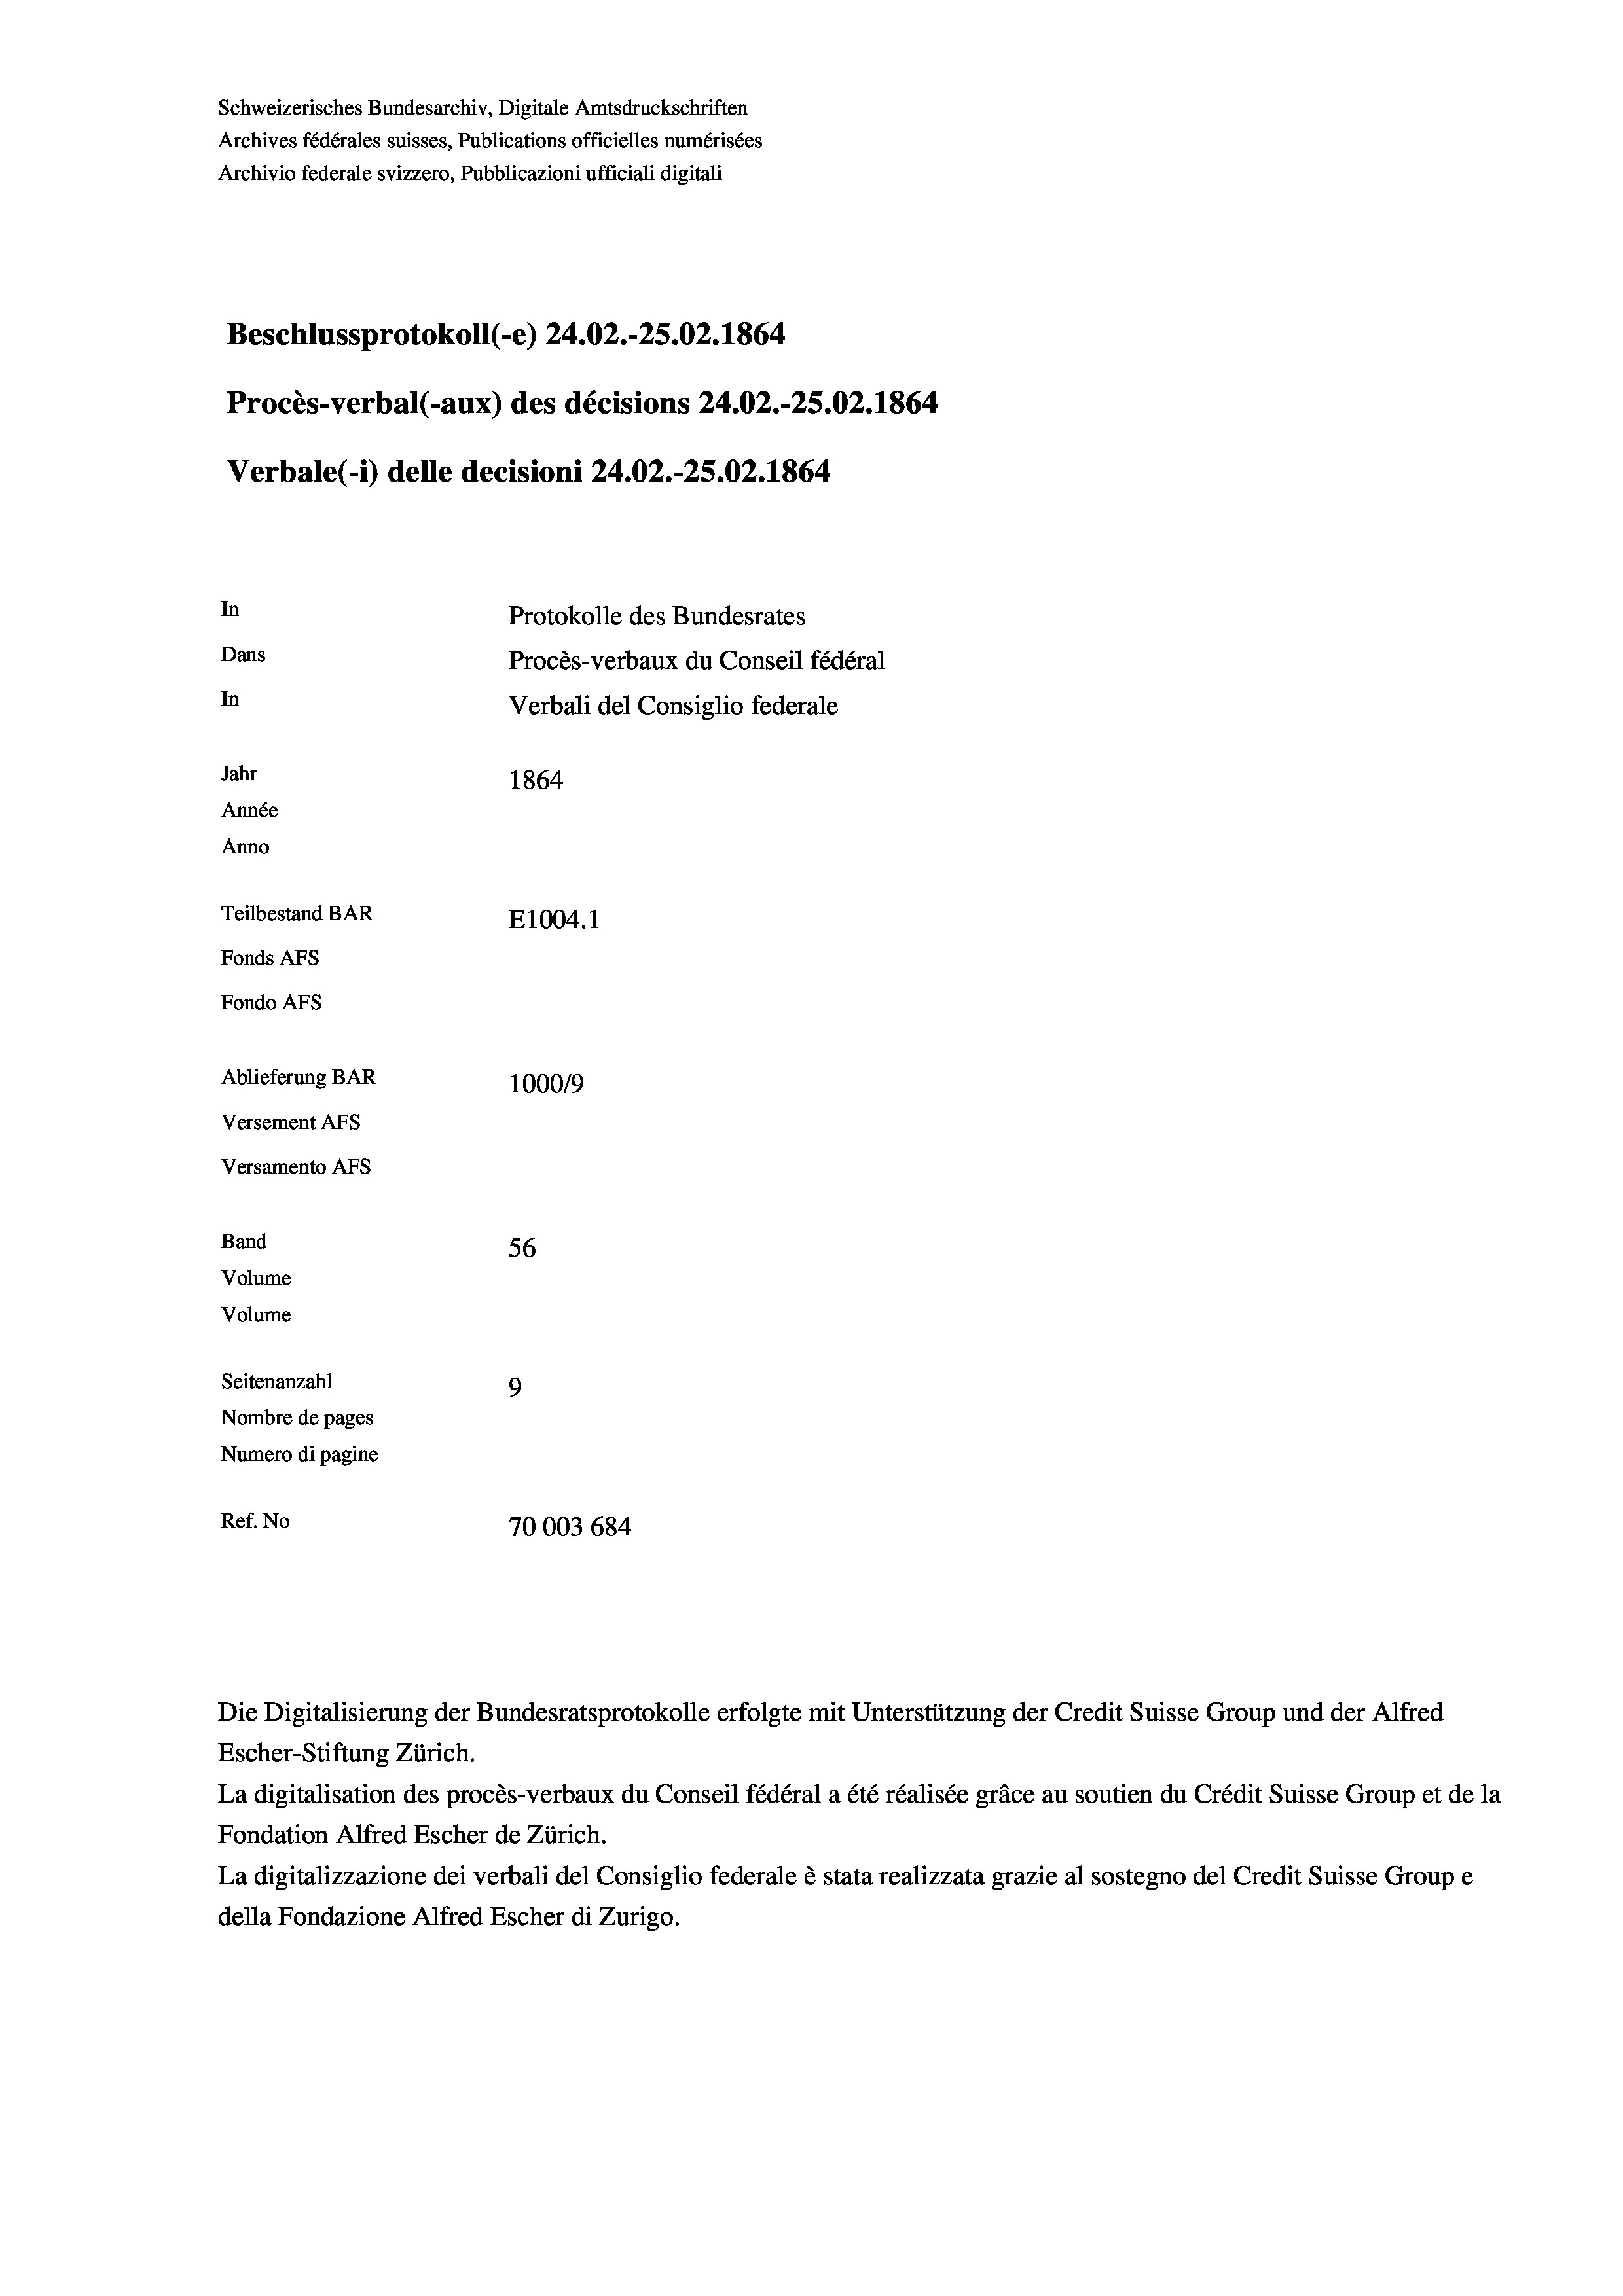
Beschlussprotokoll (-e) 24.02.-25.02. 1864
In
Protokolle des Bundesrates
Dans
Procès-verbaux du Conseil fédéral
In
Verbali del Consiglio federale
Jahr
1864
Année
Anno
Teilbestand BAR
E1004. 1
Fonds AFs
Fondo AFs

Ablieferung BAR
Versement AFs
Versamento Afs
Band
Volume
Volume
Seitenanzahl
9

Die Digitalisierung der Bundesratsprotokolle erfolgte mit Unterstützung der Credit Suisse Group und der Alfred
Escher-Stiftung Zürich.
La digitalisation des procès-verbaux du Conseil fédéral a été réalisée gräce au soutien du Crédit Suisse Group et de la
Fondation Alfred Escher de Zürich.
La digitalizzazione dei verbali del Consiglio federale è stata realizzata grazie al sostegno del Credit Suisse Groupe
della Fondazione Alfred Escher di Zurigo.

Schweizerisches Bundesarchiv, Digitale Amtsdruckschriften
Archives fédérales suisses, Publications officielles numérisées
Archivio federale svizzero, Pubblicazioni ufficiali digitali

Procès-verbal (-aux) des décisions 24.02.-25.02. 1864
Verbale(*) delle decisioni 24.02.-25.02. 1864

100019
56
Nombre de pages
Numero di pagine
Ref. No
70003 684